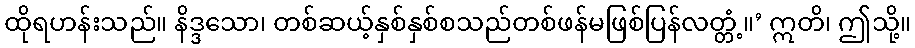
ထိုရဟန်းသည်။ နိဒ္ဒသော၊ တစ်ဆယ့်နှစ်နှစ်စသည်တစ်ဖန်မဖြစ်ပြန်လတ္တံ့။’ ဣတိ၊ ဤသို့။